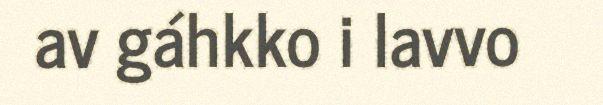
av gáhkko i lavvo